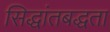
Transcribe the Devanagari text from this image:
सिद्धांतबद्धता